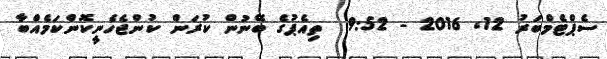
ސެޕްޓެމްބަރު 12